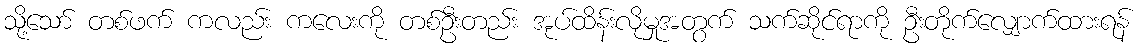
သို့သော် တစ်ဖက် ကလည်း ကလေးကို တစ်ဦးတည်း အုပ်ထိန်းလိုမှုအတွက် သက်ဆိုင်ရာကို ဦးတိုက်လျှောက်ထားရန်